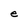
Character: e